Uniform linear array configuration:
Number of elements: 64
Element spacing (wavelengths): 0.75
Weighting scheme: uniform
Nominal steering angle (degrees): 0
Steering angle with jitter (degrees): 1.822
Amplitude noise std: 0.05
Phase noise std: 0.05

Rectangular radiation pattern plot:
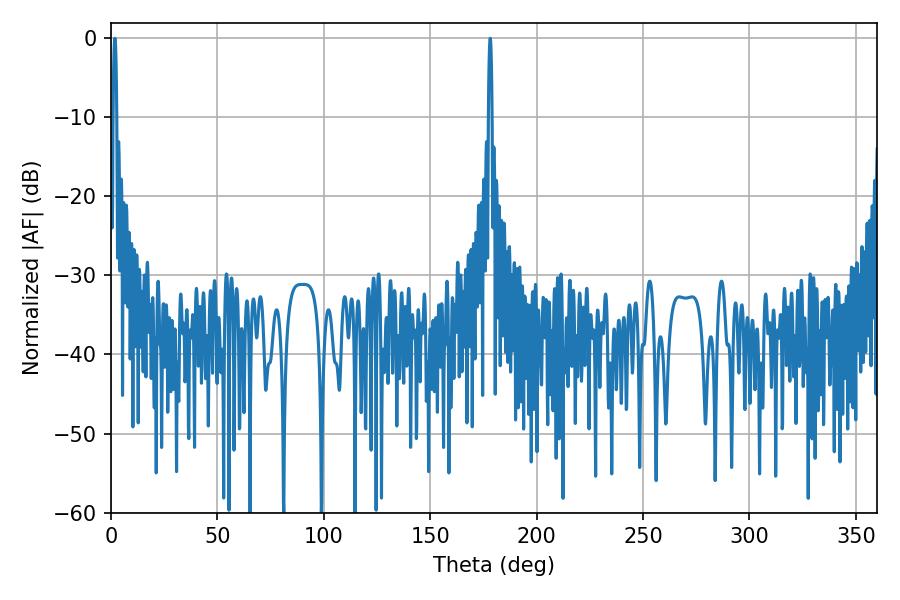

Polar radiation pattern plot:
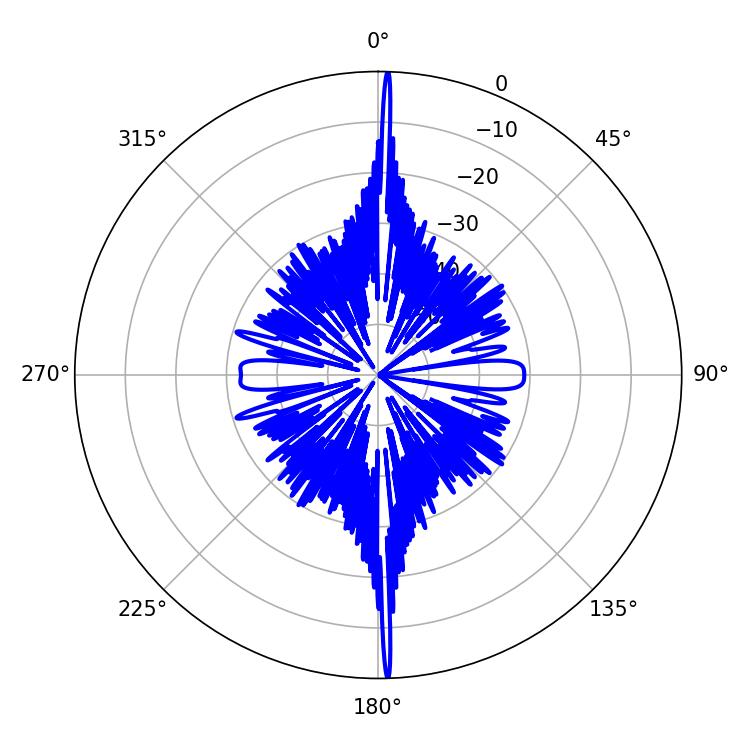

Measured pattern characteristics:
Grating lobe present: TRUE
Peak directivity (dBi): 31.562
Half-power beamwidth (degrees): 0.9
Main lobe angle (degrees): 1.8